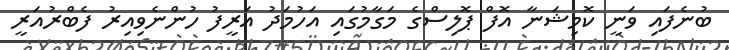
ބުނެފައި ވަނީ ކޮމިޝަނާ އޮފް ޕޮލިސްގެ މަގާމުގައި އަހުމަދު އަރީފު ހުންނެވިއިރު ފެބްރުއަރީ